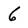
Character: 6